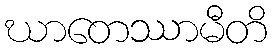
ဃာတေဿာမီတိ